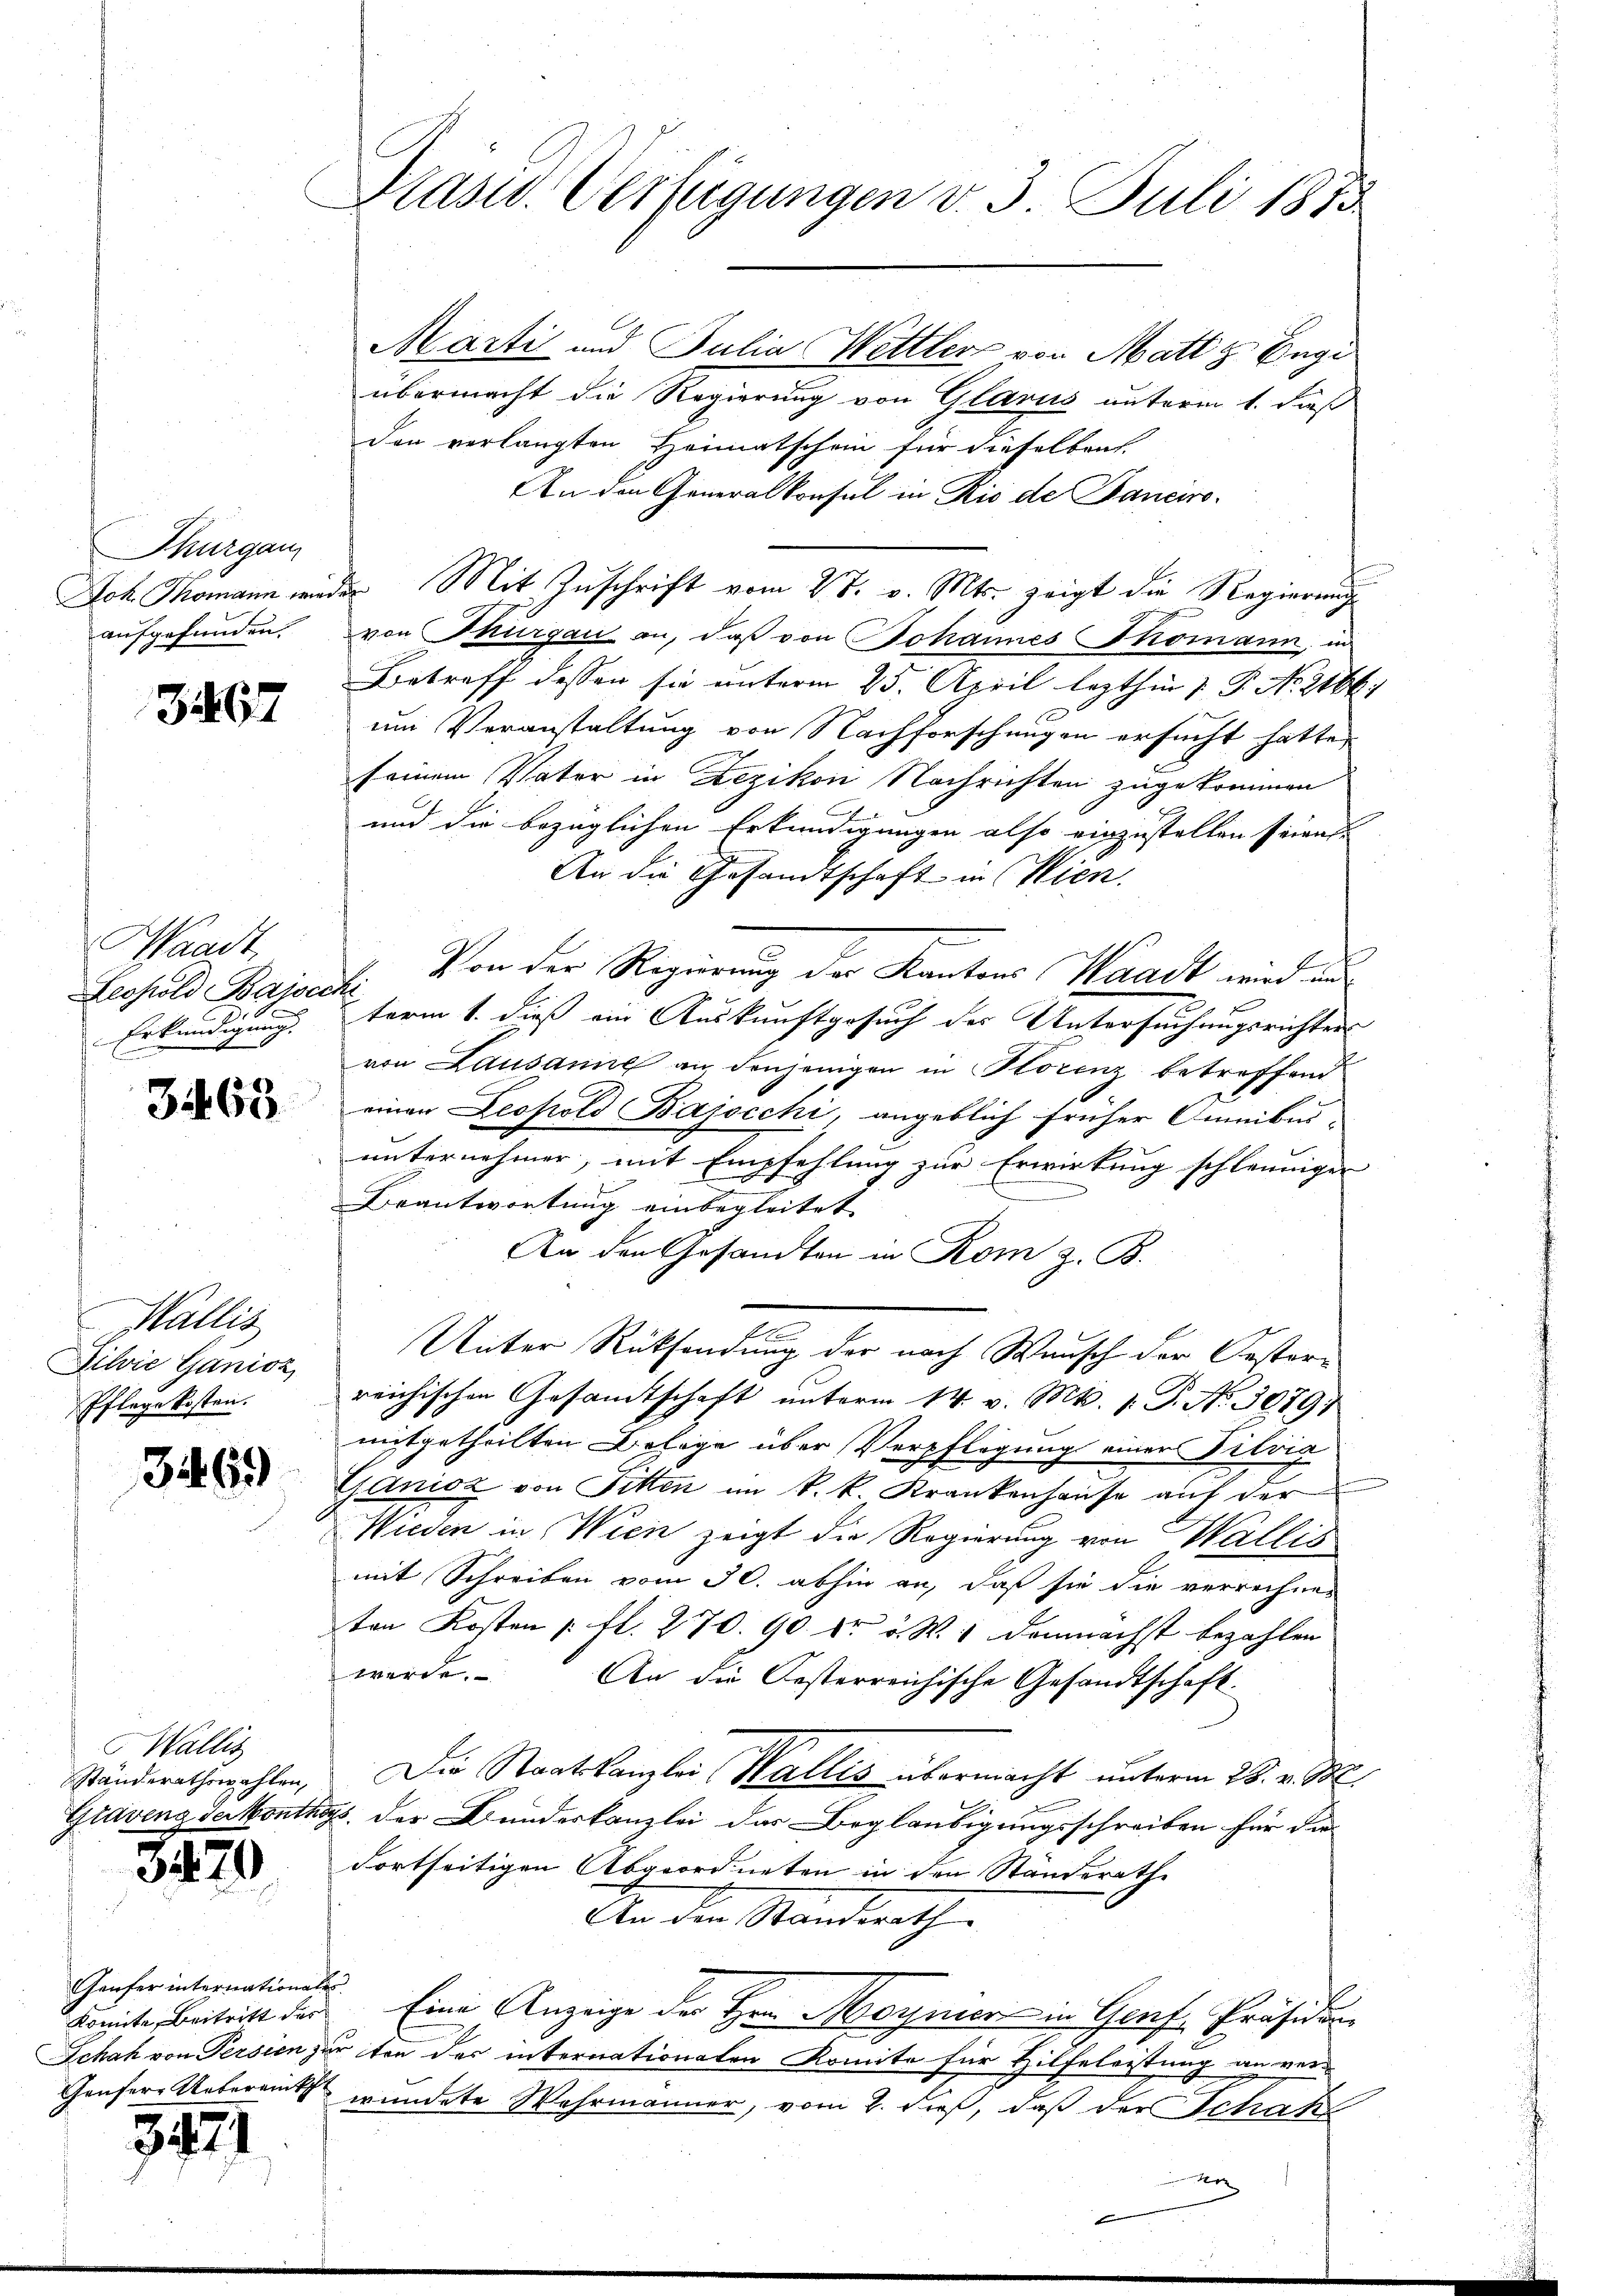
Thurgau
aufgefunden.

3467

Waadt,
Leopold Bajscche
Erkundigung.

3463

Wallis
Dilvić Ganioz,
Pflege kosten.

3469

Wallis
Ständerathswahlen,

3470

Genfer internationales
konnte, Beitritt der

3971

Präsid. Verfügungen v. 3. Juli 1873.

Marti und Julia Mettler von Matt z Engi
übermacht die Regierung von Glarus unterm 1. Fuß
den verlangten Heimatschein für dieselben
An den Generalkonsul in Rio de Banciro¬
Joh Thomann wieder Mit Zuschrift vom 28. v. Mts. zeigt die Regierungs
von Thurgau an, daβ von Johannes Thomann, in
Betreff dessen sie unterm 25. April lezthin 1. P. Nr. 21661
x
um Veranstaltung von Nachforschungen ersucht hatte,
seinem Vater in Rezikon Nachrichten zugekommen
und die bezüglichen Erkundigungen also einzustellen seien.
An die Gesandtschaft in Wien.
Von der Regierung der Kantons Waadt wird un
term 1. dieß ein Auskunftgesuch des Untersuchungsrichters
von Lausanne an denjenigen in Horenz betreffend
einen Leopold Bajscchi, angeblich früher Omnibus
unternehmen, mit Empfehlung zur Erwirkung schleuniger
Beantwortung einbegleitet
An den Gesandten in Rom z. B.
Unter Rücksendung der nach Wunsch der Oesterreichischen Gesamtschaft unterm 14. v. Mts. 1. P. No. 3079
mitgetheilten Belage über Verpflegung einen Silvig
Ganicz von Fitten im k. k. Krankenhause auf der
Wieden in Wien zeigt die Regierung von Wallis
mit Schreiben vom 30. abhin an, daß sie die verrechneten Kosten pfl. 270. 90 dr. v. W. 1 demnächst bezahlen
werde. An die Oesterreichische Gesandtschaft.
Die Staatskanzlei, Halles übermacht unterm 28. v. M.
Gravenz Jerkonthes der Bundeskanzlei der Beglaubigungsschreiben für die
Fortseitigen Abgeordneten in den Ständerathe
An den Standerath
Eine Anzeige der Herr Magnier in Genf, Präsiden
Schah von Persien zur von der internationalen Komite für Hilfeleistung an ver-
Gäufer Ueberamts wundete Wahrmänner, vom 2. dieß, daß der Schaft

n